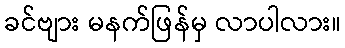
ခင်ဗျား မနက်ဖြန်မှ လာပါလား။